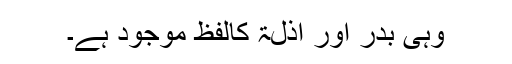
وہی بدر اور اذلۃ کالفظ موجود ہے۔